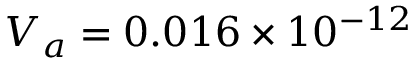
V _ { a } = 0 . 0 1 6 \times 1 0 ^ { - 1 2 }